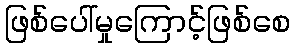
ဖြစ်ပေါ်မှုကြောင့်ဖြစ်စေ